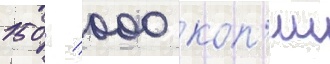
150 / 000 коп'ии